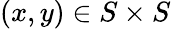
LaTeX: (x,y)\in S\times S